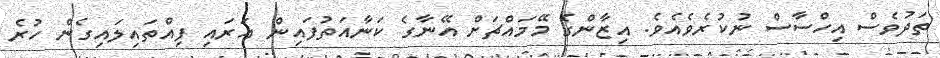
ތަދުވެސް އިހްސާސް ނުކުރެވެއެވެ. އިޒާންގެ މޭމައްޗަށް އޭނާގެ ކަނާއަތުފައިން އަރައި ފިއްތައިލައިގެން ހުރެ